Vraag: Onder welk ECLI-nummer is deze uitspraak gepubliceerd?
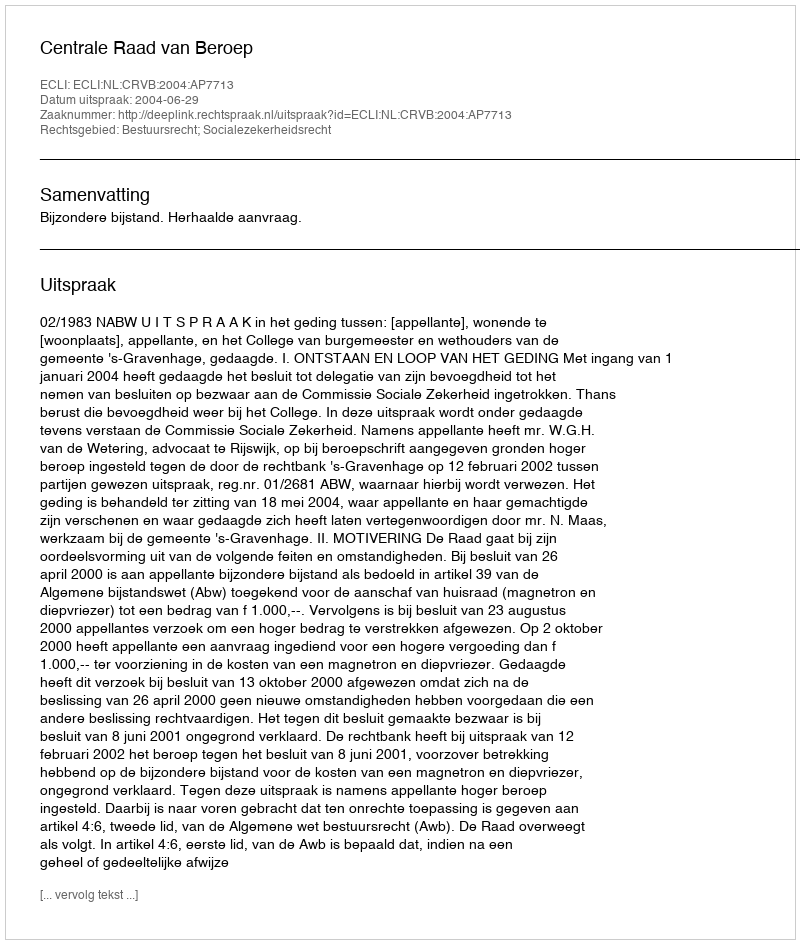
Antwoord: ECLI:NL:CRVB:2004:AP7713